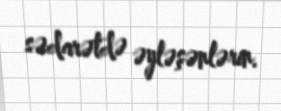
sədarətdə əyləşənlərin.